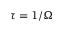
\tau = 1 / \Omega